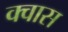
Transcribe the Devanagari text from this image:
क्वास